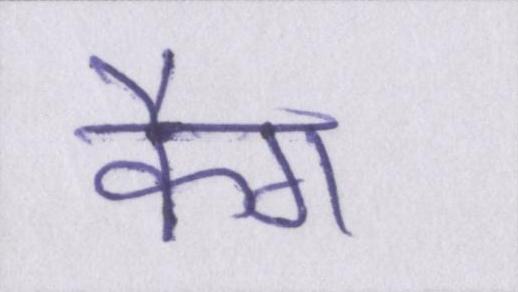
कैग